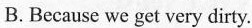
B.Because we get very dirty.